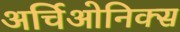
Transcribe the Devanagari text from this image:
अर्चिओनिक्स